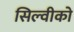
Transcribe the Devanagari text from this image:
सिल्वीको